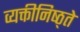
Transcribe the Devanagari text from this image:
व्यक्तीनिष्ठ्ते